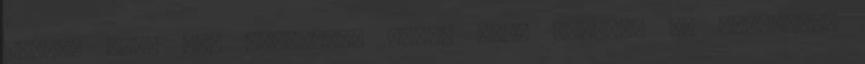
amikre soha nem gondoltam volna hogy figyel, ez rendkívül